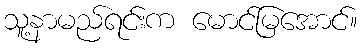
သူ့နာမည်ရင်းက မောင်မြအောင်။